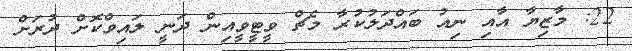
22: މާޒިޔާ އާއި ނިއު ބައްދަލުކުރާ މެޗް ވީޓީވީއިން ދަނީ ލައިވްކޮށް ދުރަށް